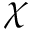
\b \chi